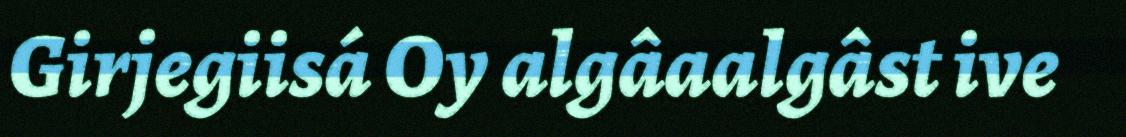
Girjegiisá Oy algâaalgâst ive